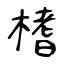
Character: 榰